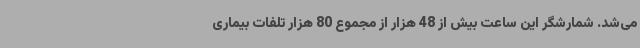
می‌شد. شمارشگر این ساعت بیش از 48 هزار از مجموع 80 هزار تلفات بیماری